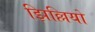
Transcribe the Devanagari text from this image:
झिल्लियो